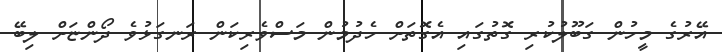
އޭރުގެ މީހުން ގަބޫލުކުރި ގޮތުގައި އެގޮތަށް ހެދުމުން މަސްވެރިކަން ރަނގަޅުވެ ދޯންޏަށް ލިބޭ